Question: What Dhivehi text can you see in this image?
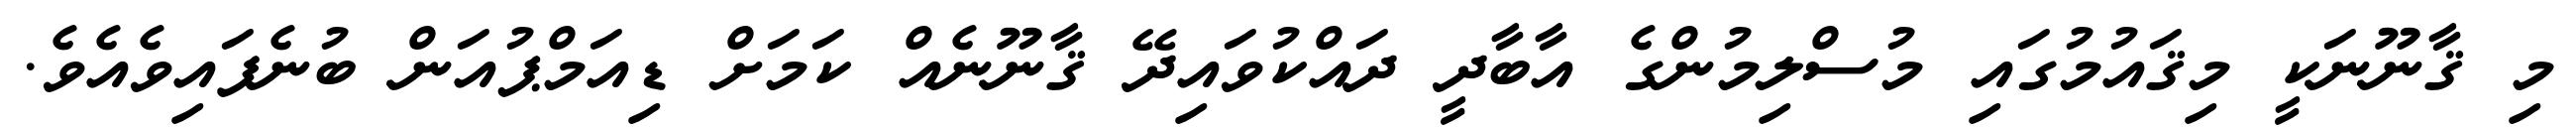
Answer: މި ޤާނޫނަކީ މިޤައުމުގައި މުސްލިމުންގެ އާބާދީ ދައްކުވައިދޭ ޤާނޫނެއް ކަމަށް ޑިއަމްޕުއަން ބުނެފައިވެއެވެ.